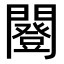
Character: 𨶿